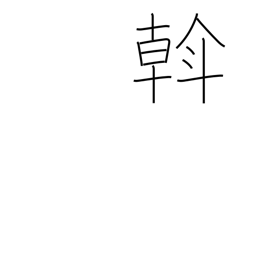
Meaning: rule